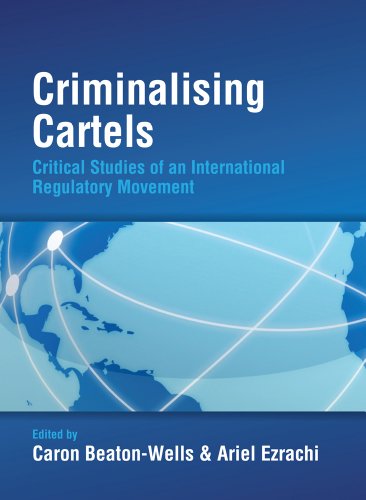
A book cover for Criminalising Cartels: Critical Studies of an International Regulatory Movement; Law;